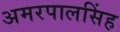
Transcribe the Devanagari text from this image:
अमरपालसिंह